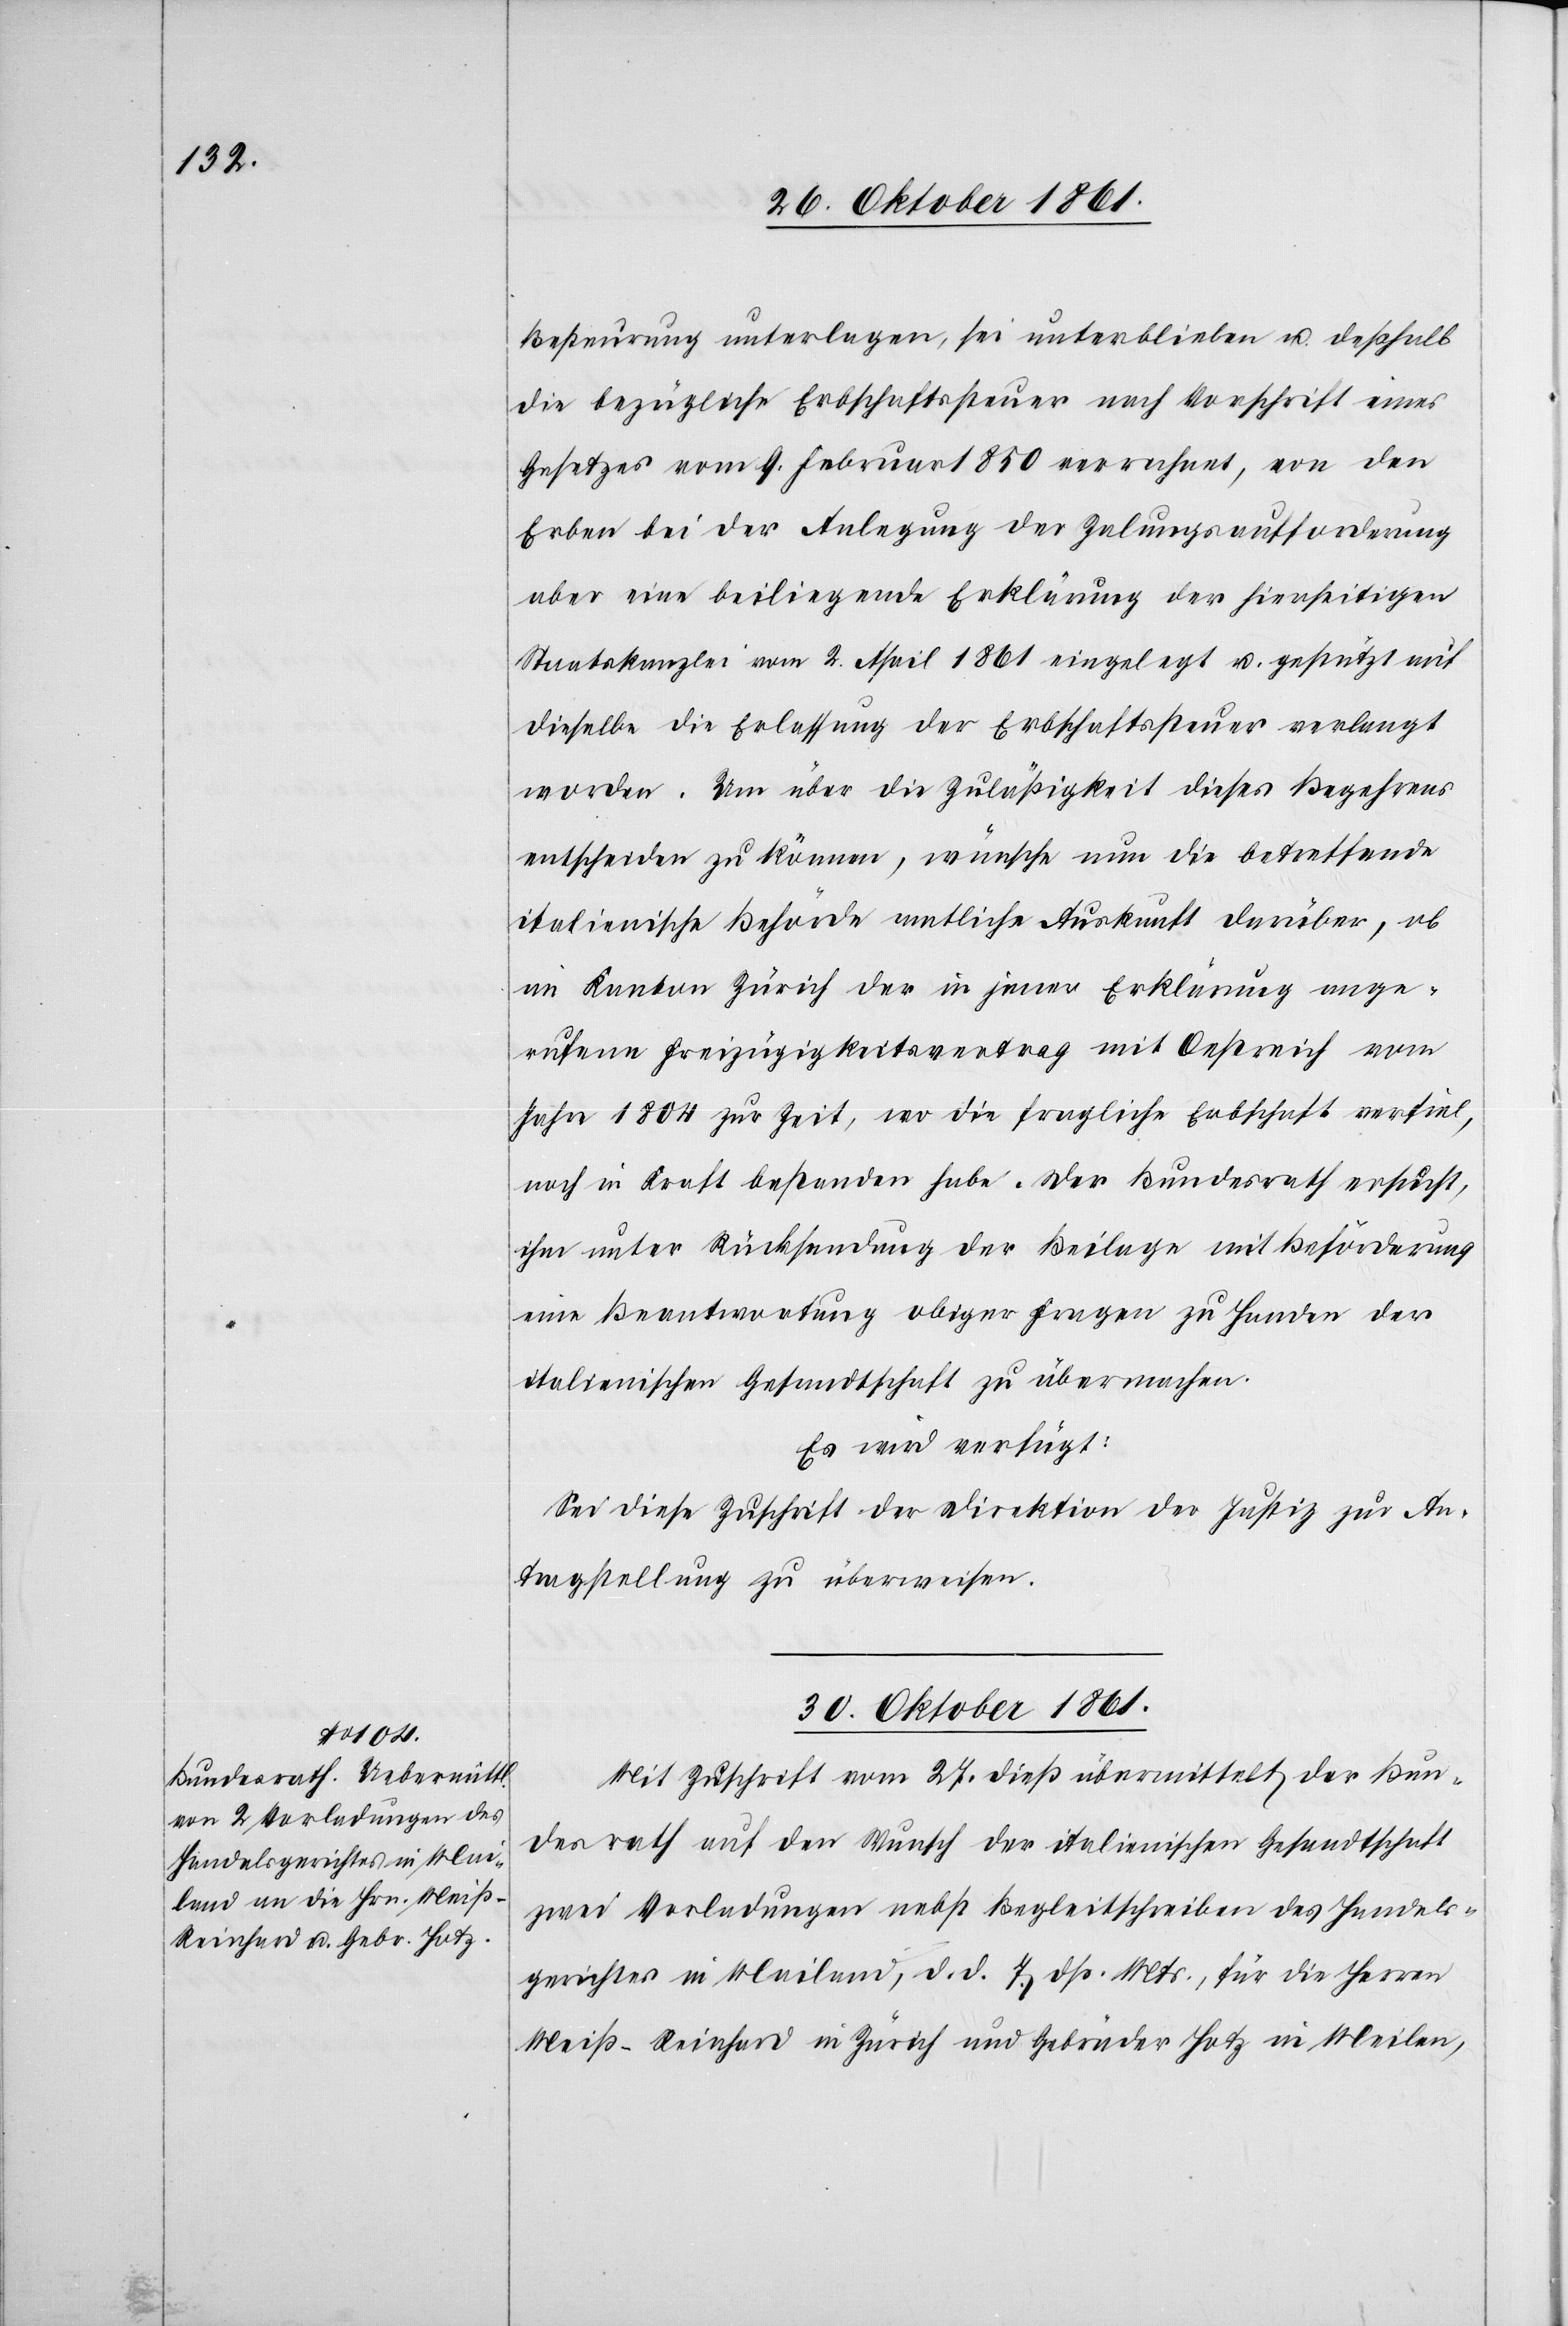
Besteurung unterlagen, sei unterblieben u. deßhalb
die bezügliche Erbschaftssteuer nach Vorschrift eines
Gesetzes vom 9 Februar 1850 errechnet, von den
Erben bei der Anlegung der Zalungsaufforderung
aber eine beiliegende Erklärung der hierseitigen
Staatskanzlei vom 2 April 1861 eingelegt u. gestützt auf
dieselbe die Erlassung der Erbschaftssteuer verlangt
worden. Um über die Zuläßigkeit dieses Begehrens
entscheiden zu können, wünsche nun die betreffende
italienische Behörde amtliche Auskunft darüber, ob
im Kanton Zürich der in jener Erklärung ange¬
rufene Freizügigkeitsvertrag mit Oestreich vom
Jahre 1804 zur Zeit, wo die fragliche Erbschaft verfiel,
noch in Kraft bestanden habe. Der Bundesrath ersucht,
ihm unter Rücksendung der Beilage mit Beförderung
eine Beantwortung obiger Fragen zu Handen der
italienischen Gesandtschaft zu übermachen.
Es wird verfügt:
Sei diese Zuschrift der Direktion der Justiz zur An¬
tragstellung zu überweisen.
30 Oktober 1861.
Mit Zuschrift vom 27 dieß übermittelt der Bun¬
desrath auf den Wunsch der italienischen Gesandtschaft
zwei Vorladungen nebst Begleitschreiben des Handels¬
gerichtes in Mailand, d. d. 7 dß. Mts., für die Herren
Meiß-Reinhard in Zürich und Gebrüder Hotz in Meilen,